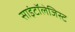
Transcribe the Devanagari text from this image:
साइंटॉलेजिस्ट